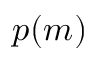
p ( m )